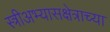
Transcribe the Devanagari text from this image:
स्त्रीअभ्यासक्षेत्राच्या